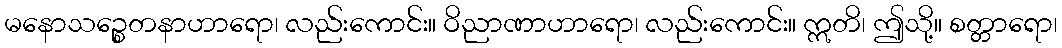
မနောသဉ္စေတနာဟာရော၊ လည်းကောင်း။ ဝိညာဏာဟာရော၊ လည်းကောင်း။ ဣတိ၊ ဤသို့။ စတ္တာရော၊